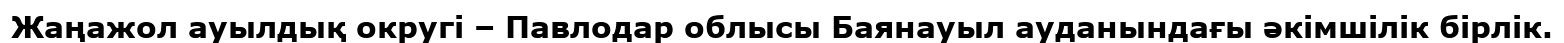
Жаңажол ауылдық округі – Павлодар облысы Баянауыл ауданындағы әкімшілік бірлік.